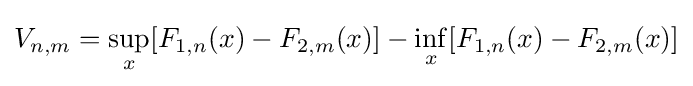
V_{n,m}=\sup _{x}[F_{1,n}(x)-F_{2,m}(x)]-\inf _{x}[F_{1,n}(x)-F_{2,m}(x)]